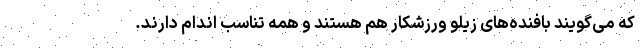
که می‌گویند بافنده‌های زیلو ورزشکار هم هستند و همه تناسب اندام دارند.